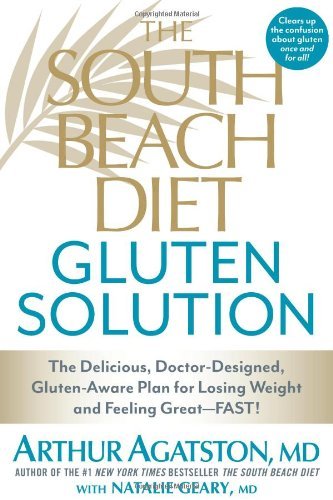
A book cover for By Arthur Agatston The South Beach Diet Gluten Solution: The Delicious, Doctor-Designed, Gluten-Aware Plan for Losing W (1st Edition); Health, Fitness & Dieting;